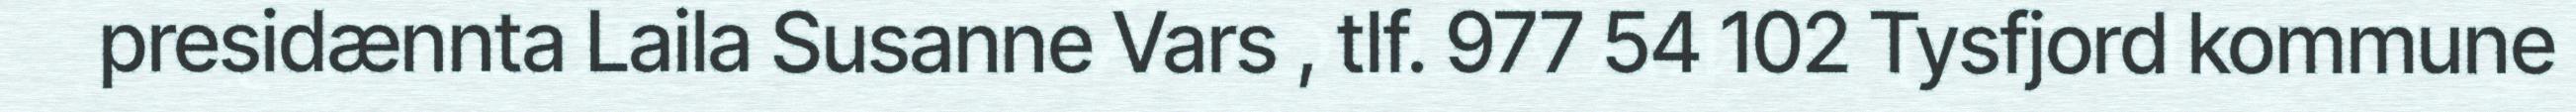
presidænnta Laila Susanne Vars , tlf. 977 54 102 Tysfjord kommune